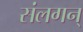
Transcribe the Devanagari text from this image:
संलगन्